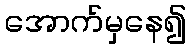
အောက်မှနေ၍